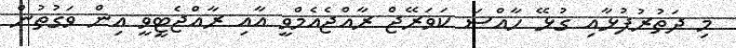
މި ދަތުރުފުޅާއި ގުޅޭ ހާއްސަ ކަވަރޭޖް ރާއްޖެއެމްވީ އާއި ރާއްޖެޓީވީ އިން ވަގުތުން